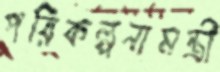
পরিকল্পনামন্ত্রী